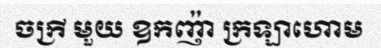
ចក្រី មួយ ឧកញ៉ា ក្រឡាហោម